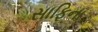
સાફિના